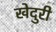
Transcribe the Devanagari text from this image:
खेदुरी